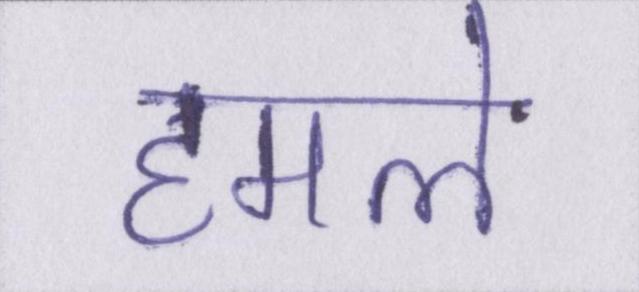
हमले